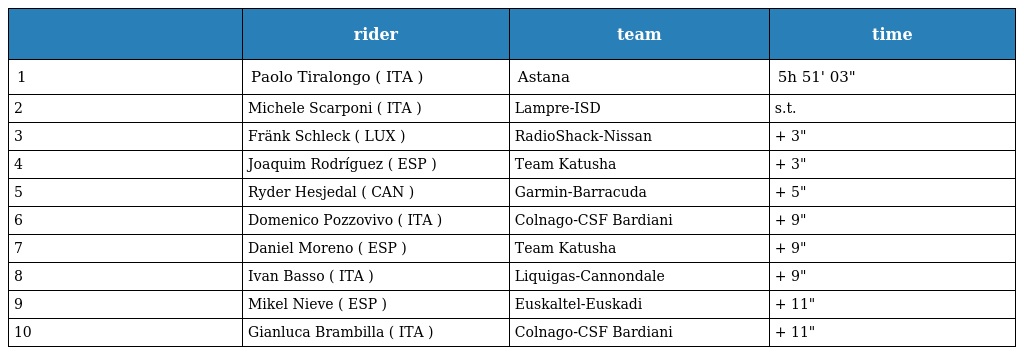
|  | rider | team | time |
 | --- | --- | --- | --- |
 | 1 | Paolo Tiralongo ( ITA ) | Astana | 5h 51' 03" |
 | 2 | Michele Scarponi ( ITA ) | Lampre-ISD | s.t. |
 | 3 | Fränk Schleck ( LUX ) | RadioShack-Nissan | + 3" |
 | 4 | Joaquim Rodríguez ( ESP ) | Team Katusha | + 3" |
 | 5 | Ryder Hesjedal ( CAN ) | Garmin-Barracuda | + 5" |
 | 6 | Domenico Pozzovivo ( ITA ) | Colnago-CSF Bardiani | + 9" |
 | 7 | Daniel Moreno ( ESP ) | Team Katusha | + 9" |
 | 8 | Ivan Basso ( ITA ) | Liquigas-Cannondale | + 9" |
 | 9 | Mikel Nieve ( ESP ) | Euskaltel-Euskadi | + 11" |
 | 10 | Gianluca Brambilla ( ITA ) | Colnago-CSF Bardiani | + 11" |